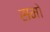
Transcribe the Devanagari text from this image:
समो